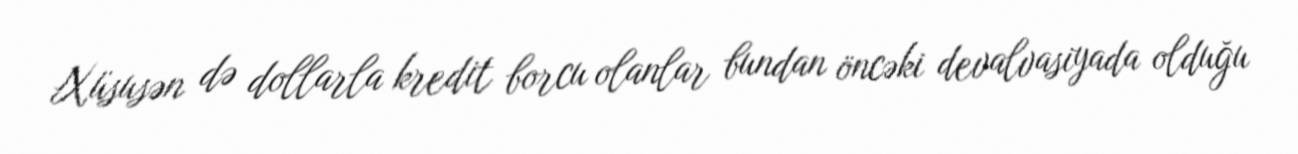
Xüsusən də dollarla kredit borcu olanlar bundan öncəki devalvasiyada olduğu